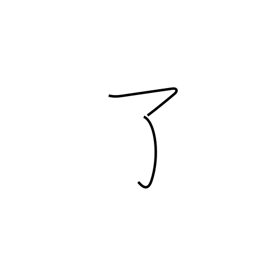
Meaning: finish